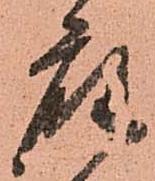
座